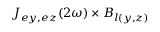
J _ { e y , e z } ( 2 \omega ) \times B _ { l ( y , z ) }